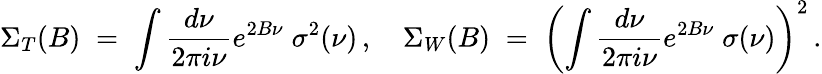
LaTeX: \Sigma_{T}(B)\; =\; \int\frac{d\nu}{2\pi i\nu}e^{2B\nu}\; \sigma^{2}(\nu)\, ,\quad\Sigma_{W}(B)\; =\; \left(\int\frac{d\nu}{2\pi i\nu}e^{2B\nu}\; \sigma(\nu)\right)^{2}\, .